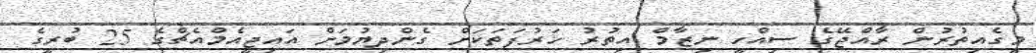
މީގެއިތުރުން ރާއްޖޭގެ ސިއްހީ ނިޒާމް އިތުރު ހަރުފަތަަކަށް ގެންދިޔުމަށް އައިޖީއެމްއެޗްގެ 25 ބުރީގެ